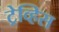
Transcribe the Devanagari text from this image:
ट्रेव्हिस